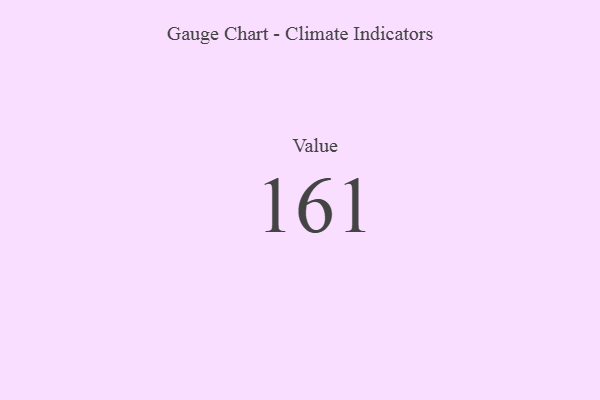
{"axis": {"x": "Metric", "y": "Value"}, "legend": [""], "data": [{"x": "Value", "y": 161, "type": ""}]}